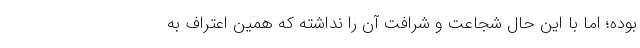
بوده؛ اما با این حال شجاعت و شرافت آن را نداشته که همین اعتراف به